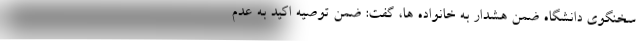
سخنگوی دانشگاه ضمن هشدار به خانواده ها، گفت: ضمن توصیه اکید به عدم